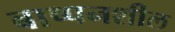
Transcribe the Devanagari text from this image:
बाष्पनशील